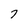
Character: 7